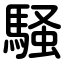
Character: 騒